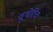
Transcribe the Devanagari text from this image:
वूथेरिच